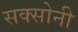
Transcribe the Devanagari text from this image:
सक्सोनी